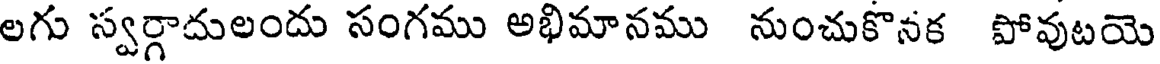
లగు స్వర్గాదులందు సంగము అభిమానము నుంచుకొనక పోవుటయె